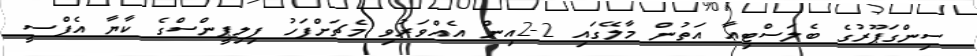
ސިންގަޕޫރުގެ ބެލަސްޓިއާ އަތުން މާލޭގައި 2-2އިން އެއްވަރުވި މެޗަށްފަހު ފިލިޕީންސްގެ ކާޔާ އެފްސީ